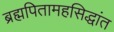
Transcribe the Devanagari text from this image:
ब्रह्मपितामहसिद्धांत